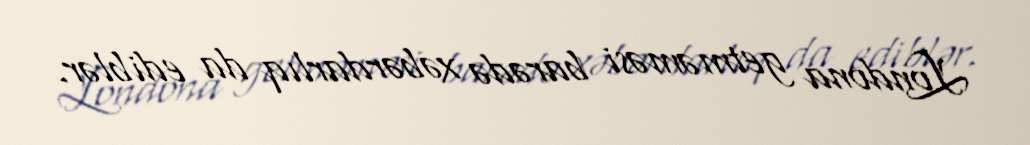
Londona getməməsi barədə xəbərdarlıq da ediblər.